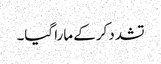
تشدد کرکے مارا گیا۔